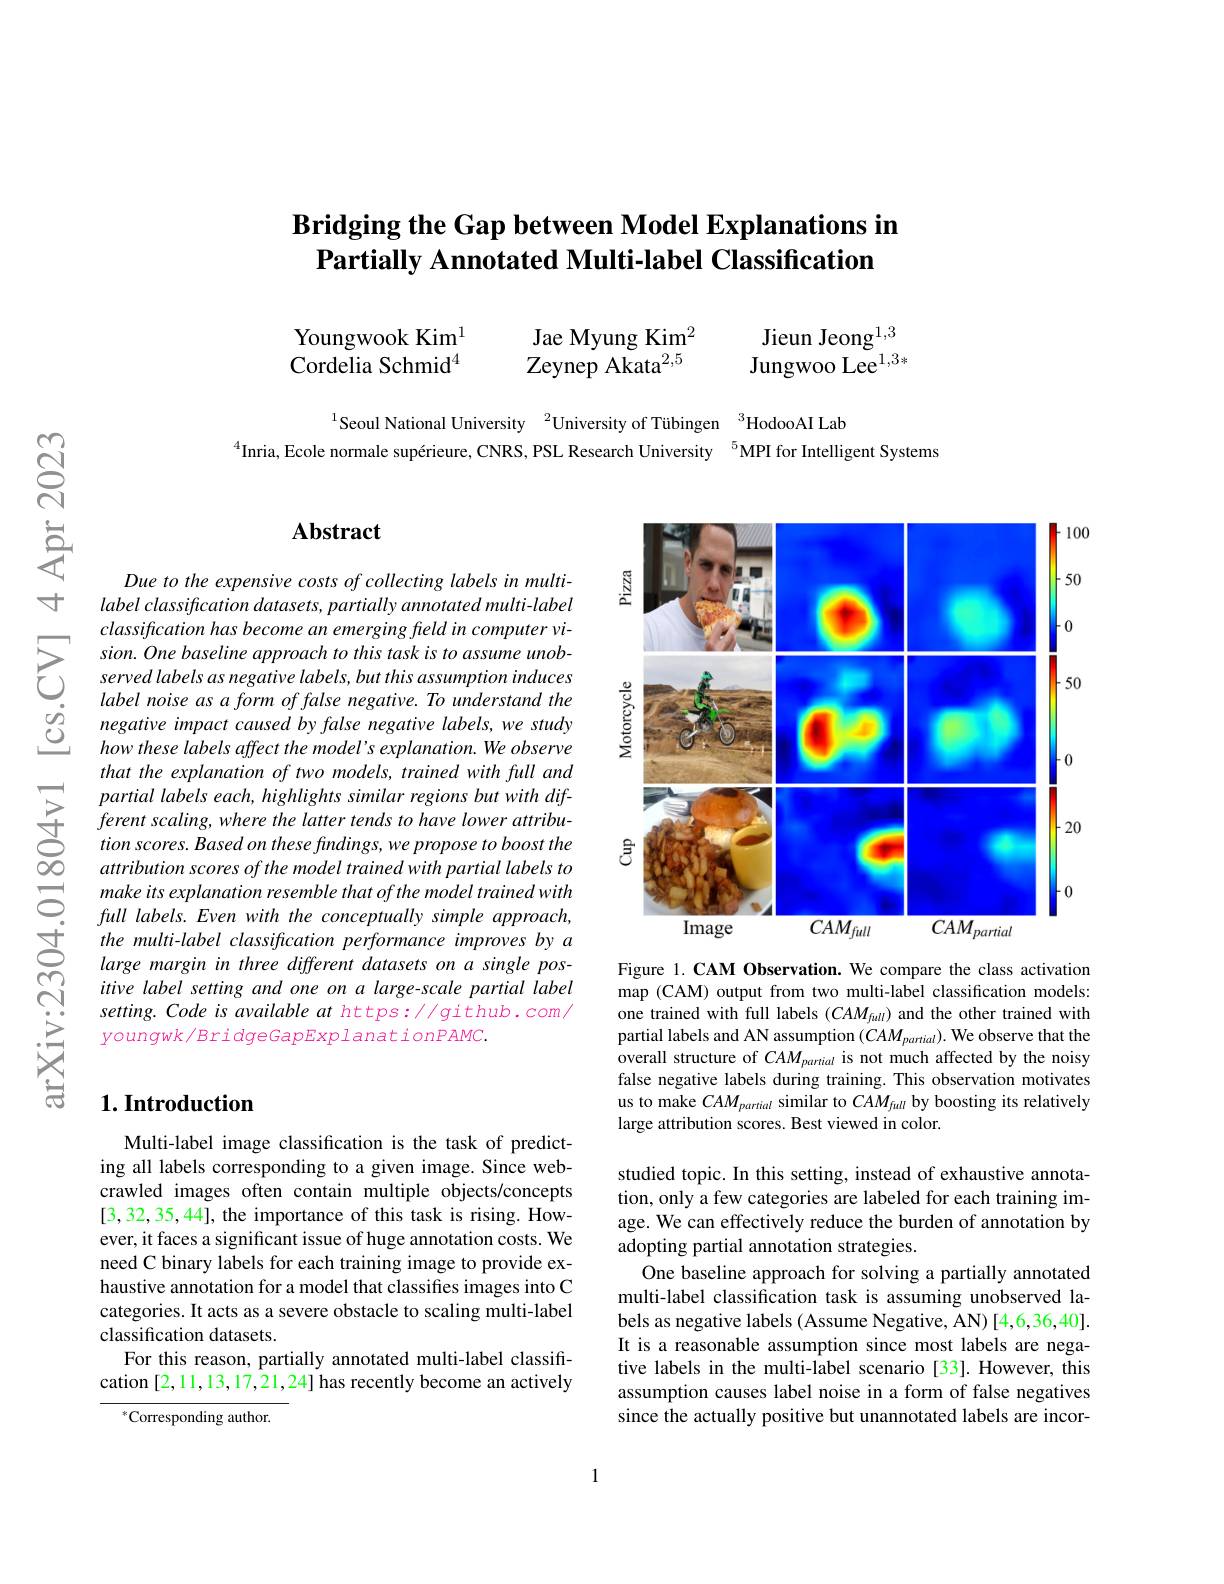
## $\textbf{Bridging the Gap between Model Explanations in}$ Partially Annotated Multi-label Classification

Jieun Jeong$^{1,3}$

Youngwook Kim$^{1}$ Cordelia Schmid$^{4}$

Jae Myung Kim$^{2}$ Zeynep Akata$^{2,5}$

Jungwoo Lee$^{1,3*}$

$^{1}$Seoul National University$^{2}$University of Tübingen$^{3}$HodooAI Lab
$^{4}$Inria, Ecole normale supérieure, CNRS, PSL Research University $^{5}$MPI for Intelligent Systems

## $\mathbf{Abstract}$

Due to the expensive costs of collecting labels in multilabel classification datasets, partially annotated multi-label
$\sum_{\begin{array}{lll}&classification\:has\:become\:an\:emerging\:field\:in\:computer\:vi-\\&sion.\:One\:baseline\:approach\:to\:this\:task\:is\:to\:assume\:unob-\\&served\:labels\:as\:negative\:labels,\:but\:this\:assumption\:induces\\&label\:noise\:as\:a\:form\:of\:f\:alse\:neeative\:To\:understand\:the\end{array}}$
label noise as a form of false negative. To understand the
$\begin{array}{lll}{\textcircled{2}}&{\text{negative impact caused by false negative labels,we study}}\\{\textcircled{2}}&{\text{how these labels affect the model's explanation.We observe}}\end{array}$
how these labels affect the model's explanation. We observe that the explanation of two models, trained with full and partial labels each, highlights similar regions but with different scaling, where the latter tends to have lower attribution scores. Based on these findings, we propose to boost the attribution scores of the model trained with partial labels to make its explanation resemble that of the model trained with full labels. Even with the conceptually simple approach, the multi-label classification performance improves by a large margin in three different datasets on a single positive label setting and one on a large-scale partial label setting. Code is available at https://github.com/ youngwk/BridgeGapExplanationPAMC.

## $1. \textbf{Introduction}$

Multi-label image classification is the task of predicting all labels corresponding to a given image. Since webcrawled images often contain multiple objects/concepts [3,32,35,44], the importance of this task is rising. However, it faces a significant issue of huge annotation costs. We need C binary labels for each training image to provide exhaustive annotation for a model that classifies images into C categories. It acts as a severe obstacle to scaling multi-label classification datasets.
For this reason, partially annotated multi-label classification [2,11,13,17,21,24] has recently become an actively

$^*$Corresponding author.

<FigureHere>

Figure 1.CAM Observation. We compare the class activation map (CAM) output from two multi-label classification models: one trained with full labels $(CAM_{full})$ and the other trained with partial labels and AN assumption $(CAM_{partial}).$ We observe that the overall structure of $CAM_{partial}$ is not much affected by the noisy false negative labels during training. This observation motivates us to make $CAM_{partial}$ similar to $CAM_{full}$ by boosting its relatively large attribution scores. Best viewed in color.

studied topic. In this setting, instead of exhaustive annotation, only a few categories are labeled for each training image. We can effectively reduce the burden of annotation by adopting partial annotation strategies.
One baseline approach for solving a partially annotated multi-label classification task is assuming unobserved labels as negative labels (Assume Negative, AN) [4,6,36,40]. It is a reasonable assumption since most labels are negative labels in the multi-label scenario [33].However, this assumption causes label noise in a form of false negatives since the actually positive but unannotated labels are incor-

1